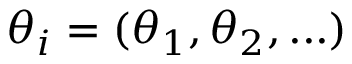
\theta _ { i } = ( \theta _ { 1 } , \theta _ { 2 } , . . . )